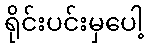
ရိုင်းပင်းမှပေါ့